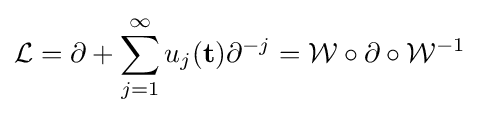
{\mathcal {L}}=\partial +\sum _{j=1}^{\infty }u_{j}(\mathbf {t} )\partial ^{-j}={\mathcal {W}}\circ \partial \circ {\mathcal {W}}^{-1}